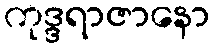
ကုဒ္ဒရာဇာနော